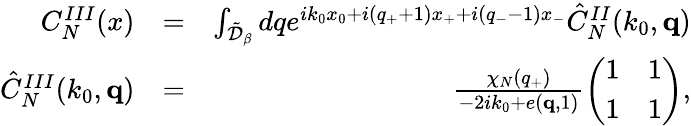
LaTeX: \begin{array}{rlr}{C_{N}^{III}(x)}&{=}&{\int_{\tilde{\cal D}_{\beta}}dqe^{ik_{0}x_{0}+i(q_{+}+1)x_{+}+i(q_{-}-1)x_{-}}\hat{C}_{N}^{II}(k_{0},{\mathbf q})}\\ {\hat{C}_{N}^{III}(k_{0},{\mathbf q})}&{=}&{\frac{\chi_{N}(q_{+})}{-2ik_{0}+e({\mathbf q},1)}\left(\begin{array}{ll}{1}&{1}\\ {1}&{1}\end{array}\right),}\end{array}